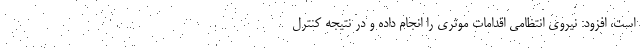
است، افزود: نیروی انتظامی اقدامات موثری را انجام داده و در نتیجه کنترل